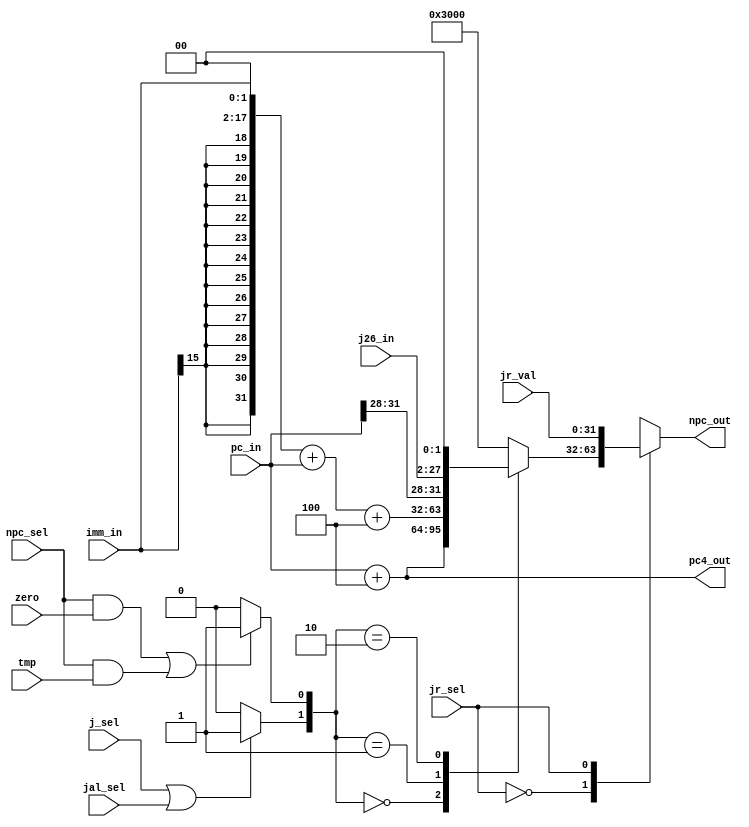
module NPC_module(pc_in, npc_out, imm_in, pc4_out, npc_sel, zero, j_sel, j26_in, jr_sel, jr_val, jal_sel, tmp);
    input [31:0]pc_in;
    input [15:0]imm_in;
    input [25:0]j26_in;
    input [31:0]jr_val;
    input npc_sel, zero, j_sel, jr_sel, jal_sel, tmp;
    output [31:0]npc_out;
    output [31:0]pc4_out;
    wire [31:0]imm_out_wire, imm_ext_wire, imm_sel2_wire;
    wire [31:0]j_sel3_wire;
    wire [1:0]MUX_sel;
    assign imm_out_wire = {{16{imm_in[15]}}, imm_in};
    assign imm_ext_wire = imm_out_wire << 2;
    assign imm_sel2_wire = imm_ext_wire + pc_in + 4;
    assign j_sel3_wire = {pc_in[31:28], j26_in[25:0], {2'b00}};
    assign MUX_sel[0] = ((npc_sel & zero)|(npc_sel & tmp)) ? 1 : 0;
    assign MUX_sel[1] = (j_sel | jal_sel) ? 1 : 0;
    assign pc4_out = pc_in + 4;
    reg [31:0]npc_out_pre;
    reg [31:0]npc_out;
    always @ (*)
	case(MUX_sel)
	2'b00: npc_out_pre = pc_in + 4;
	2'b01: npc_out_pre = imm_sel2_wire;
	2'b10: npc_out_pre = j_sel3_wire;
	default: npc_out_pre = 32'h0000_3000;
	endcase
	
    always @ (*)                            // choose jr
	case(jr_sel)
	1'b0: npc_out = npc_out_pre;
	1'b1: npc_out = jr_val;
	endcase
endmodule